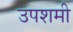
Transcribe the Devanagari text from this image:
उपशमी